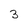
Character: 3